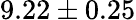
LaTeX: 9.22\pm 0.25